Lunatic asylums Bombay report 1891-1903 - 1891-1903
Year: 1891
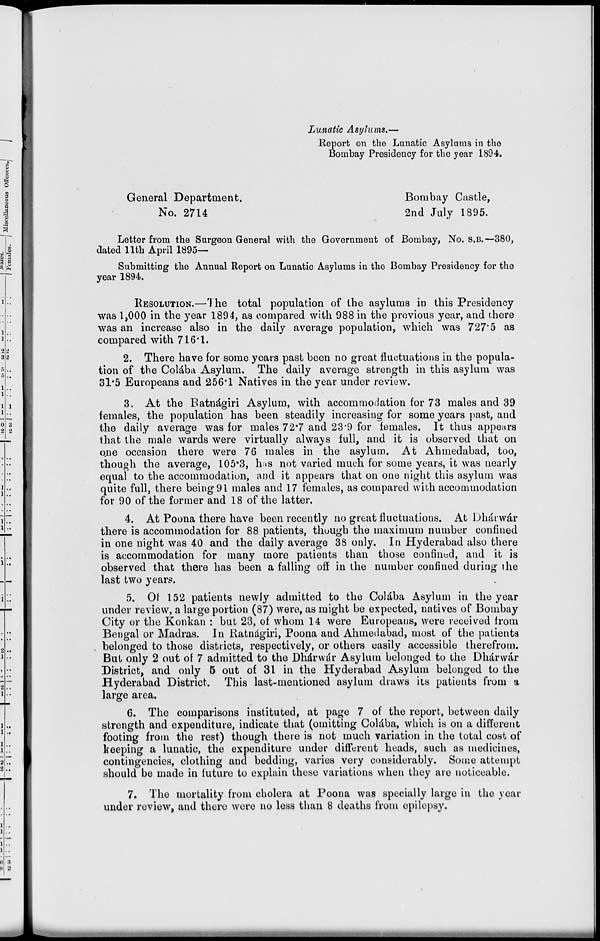
Lunatic Asylums.—
Report on the Lunatic Asylums in the
Bombay Presidency for the year 1894.
General Department.
Bombay Castle,
No. 2714
2nd July 1895.
Letter from the Surgeon General with the Government of Bombay, No. S.B.—380,
dated 11th April 1895—
Submitting the Annual Report on Lunatic Asylums in the Bombay Presidency for the
year 1894.
RESOLUTION.—The total population of the asylums in this Presidency
was 1,000 in the year 1894, as compared with 988 in the previous year, and there
was an increase also in the daily average population, which was 727.5 as
compared with 716.1.
2. There have for some years past been no great fluctuations in the popula-
tion of the Colába Asylum. The daily average strength in this asylum was
31.5 Europeans and 256.1 Natives in the year under review.
3. At the Ratnágiri Asylum, with accommodation for 73 males and 39
females, the population has been steadily increasing for some years past, and
the daily average was for males 72.7 and 23.9 for females. It thus appears
that the male wards were virtually always full, and it is observed that on
one occasion there were 76 males in the asylum. At Ahmedabad, too,
though the average, 105.3, has not varied much for some years, it was nearly
equal to the accommodation, and it appears that on one night this asylum was
quite full, there being 91 males and 17 females, as compared with accommodation
for 90 of the former and 18 of the latter.
4. At Poona there have been recently no great fluctuations. At Dhárwár
there is accommodation for 88 patients, though the maximum number confined
in one night was 40 and the daily average 38 only. In Hyderabad also there
is accommodation for many more patients than those confined, and it is
observed that there has been a falling off in the number confined during the
last two years.
5. Of 152 patients newly admitted to the Colába Asylum in the year
under review, a large portion (87) were, as might be expected, natives of Bombay
City or the Konkan : but 23, of whom 14 were Europeans, were received from
Bengal or Madras. In Ratnágiri, Poona and Ahmedabad, most of the patients
belonged to those districts, respectively, or others easily accessible therefrom.
But only 2 out of 7 admitted to the Dhárwár Asylum belonged to the Dhárwár
District, and only 5 out of 31 in the Hyderabad Asylum belonged to the
Hyderabad District. This last-mentioned asylum draws its patients from a
large area.
6. The comparisons instituted, at page 7 of the report, between daily
strength and expenditure, indicate that (omitting Colába, which is on a different
footing from the rest) though there is not much variation in the total cost of
keeping a lunatic, the expenditure under different heads, such as medicines,
contingencies, clothing and bedding, varies very considerably. Some attempt
should be made in future to explain these variations when they are noticeable.
7. The mortality from cholera at Poona was specially large in the year
under review, and there were no less than 8 deaths from epilepsy.